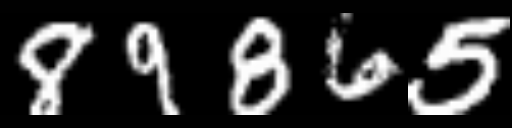
Text: 89865